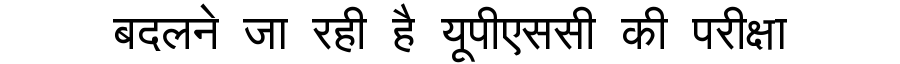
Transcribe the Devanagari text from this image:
बदलने जा रही है यूपीएससी की परीक्षा